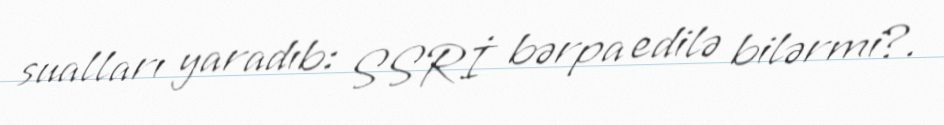
sualları yaradıb: SSRİ bərpa edilə bilərmi?.